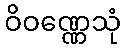
ဝိဝဏ္ဏေသုံ